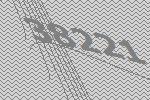
38221